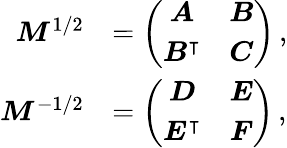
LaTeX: \begin{array}{rl}{\boldsymbol{M}^{1/2}}&{=\left(\begin{array}{cc}{\boldsymbol{A}}&{\boldsymbol{B}}\\ {\boldsymbol{B}^{\intercal}}&{\boldsymbol{C}}\end{array}\right)\, ,}\\ {\boldsymbol{M}^{-1/2}}&{=\left(\begin{array}{cc}{\boldsymbol{D}}&{\boldsymbol{E}}\\ {\boldsymbol{E}^{\intercal}}&{\boldsymbol{F}}\end{array}\right)\, ,}\end{array}